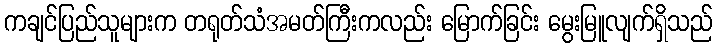
ကချင်ပြည်သူများက တရုတ်သံအမတ်ကြီးကလည်း မြောက်ခြင်း မွေးမြူလျက်ရှိသည်